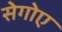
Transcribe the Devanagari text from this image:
सेगोए